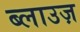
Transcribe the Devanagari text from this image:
ब्लाउज़